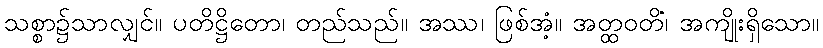
သစ္စာ၌သာလျှင်။ ပတိဋ္ဌိတော၊ တည်သည်။ အဿ၊ ဖြစ်အံ့။ အတ္ထဝတိံ၊ အကျိုးရှိသော။